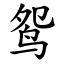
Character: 鸳